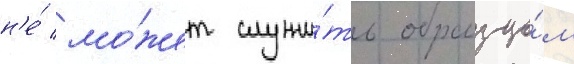
н'е́ мо́жет служи́ть образцо́м